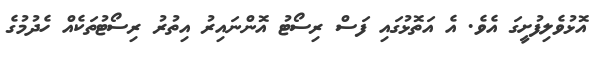
އޮޅުވެލިފުށީގަ އެވެ. އެ އަތޮޅުގައި ފަސް ރިސޯޓު އޮންނައިރު އިތުރު ރިސޯޓުތަކެއް ހެދުމުގެ